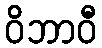
ဝိဘာဝီ